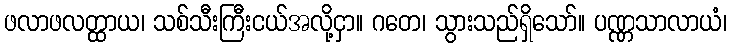
ဖလာဖလတ္ထာယ၊ သစ်သီးကြီးငယ်အလို့ငှာ။ ဂတေ၊ သွားသည်ရှိသော်။ ပဏ္ဏသာလာယံ၊